Scottish Leaving Certificate Examination, 1958
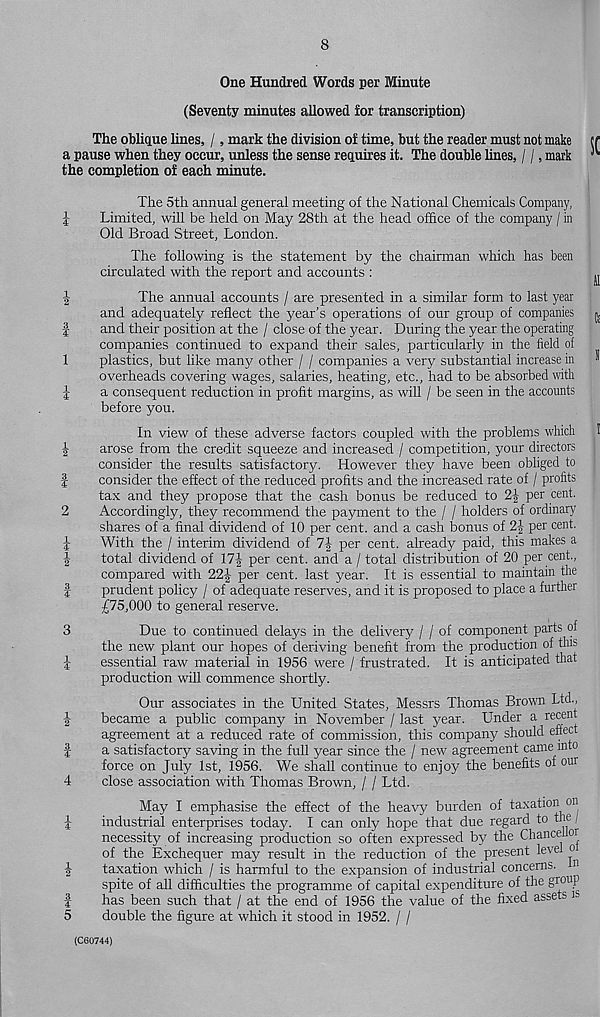
OlrfHw tc]M
4^ (Hco mIm
(Hm CO
tHco
fcO ^l w
iHm >— 1
iHw tolt-*
8
One Hundred Words per Minute
(Seventy minutes allowed for transcription)
The oblique lines, /, mark the division of time, but the reader must not make
a pause when they occur, unless the sense requires it. The double lines, / /, mark
the completion of each minute.
The 5th annual general meeting of the National Chemicals Company,
Limited, will be held on May 28th at the head office of the company / in
Old Broad Street, London.
The following is the statement by the chairman which has been
circulated with the report and accounts :
^
The annual accounts / are presented in a similar form to last year
and adequately reflect the year’s operations of our group of companies ^
and their position at the / close of the year. During the year the operating
companies continued to expand their sales, particularly in the field of
plastics, but like many other / / companies a very substantial increase in
overheads covering wages, salaries, heating, etc., had to be absorbed with
a consequent reduction in profit margins, as will / be seen in the accounts
before you.
In view of these adverse factors coupled with the problems which 1
arose from the credit squeeze and increased / competition, your directors
consider the results satisfactory. However they have been obliged to
consider the effect of the reduced profits and the increased rate of / profits
tax and they propose that the cash bonus be reduced to 2| per cent.
Accordingly, they recommend the payment to the / / holders of ordinary
shares of a final dividend of 10 per cent, and a cash bonus of 2| per cent.
With the / interim dividend of 1\ per cent, already paid, this makes a
total dividend of \1\ per cent, and a / total distribution of 20 per cent.,
compared with 22| per cent, last year. It is essential to maintain the
prudent policy / of adequate reserves, and it is proposed to place a further
£75,000 to general reserve.
Due to continued delays in the delivery / / of component parts of
the new plant our hopes of deriving benefit from the production of this
essential raw material in 1956 were / frustrated. It is anticipated that
production will commence shortly.
Our associates in the United States, Messrs Thomas Brown Ltd.,
became a public company in November / last year. Under a recent
agreement at a reduced rate of commission, this company should effect
a satisfactory saving in the full year since the / new agreement came into
force on July 1st, 1956. We shall continue to enjoy the benefits of our
close association with Thomas Brown, / / Ltd.
May I emphasise the effect of the heavy burden of taxation on
industrial enterprises today. I can only hope that due regard to the \
necessity of increasing production so often expressed by the Chancellor
of the Exchequer may result in the reduction of the present level o
taxation which / is harmful to the expansion of industrial concerns. n
spite of all difficulties the programme of capital expenditure of the gr 011 !’
has been such that / at the end of 1956 the value of the fixed assets is
double the figure at which it stood in 1952. / /
(C60744)